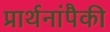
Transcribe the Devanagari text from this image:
प्रार्थनांपैकी